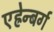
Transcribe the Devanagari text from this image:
एह्रेन्बर्ग